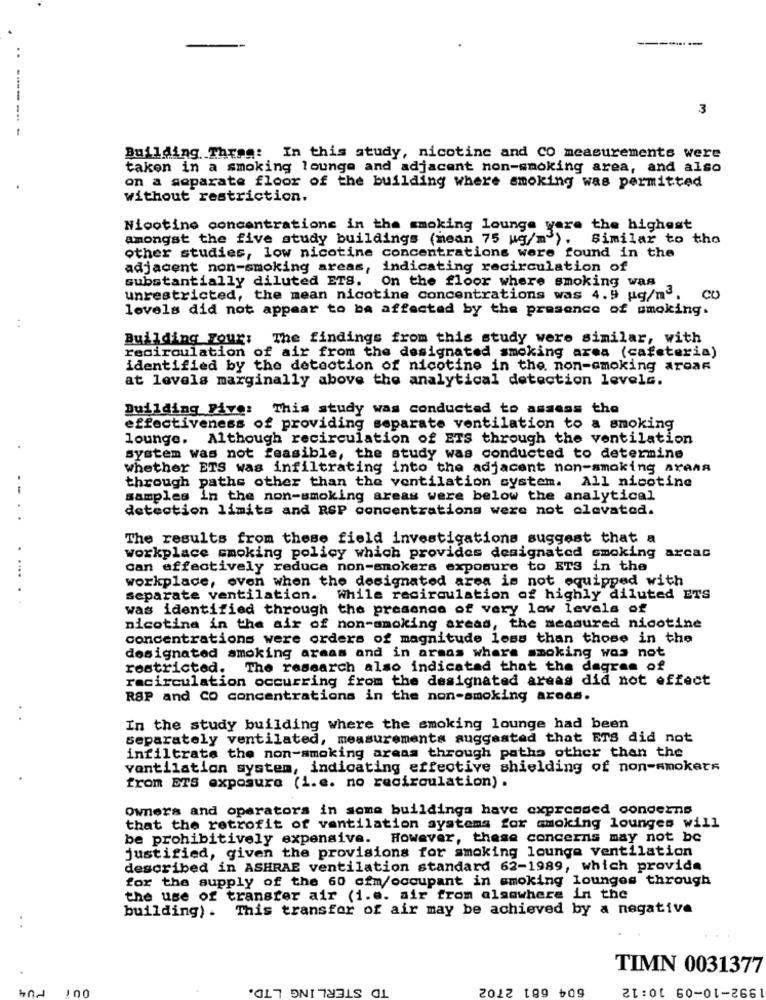
-------
3
Building. Theag: In this study, nicotine and CO measurements were
taken in a smoking lounge and adjacent non-smoking area, and also
on a separate floor of the building where smoking was permitted
without restriction.
Nicotine concentrations in the moking lounge yere the highest
amongst the five study buildings (mean 75 wg/m"). Similar to the
other studies, low nicotine concentrations were found in the
adjacent non-smoking areas, indicating recirculation of
substantially diluted ETS. On the floor where smoking was
unrestricted, the mean nicotine concentrations was 4.9 ug/m".
CO
levels did not appear to be affected by the presence of smoking.
..
Building Your: The findings from this study were similar, with
recirculation of air from the designated smoking area (cafeteria)
identified by the detection of nicotine in the non-smoking areas
at levels marginally above the analytical detection levels.
Building Five: This study was conducted to assess the
effectiveness of providing separate ventilation to a smoking
lounge. Although recirculation of ETS through the ventilation
system was not feasible, the study was conducted to determine
whether ETS was infiltrating into the adjacent non-smoking Arena
through paths other than the ventilation system. All nicotine
--
samples in the non-smoking areas were below the analytical
detection limits and RSP concentrations were not elevated.
. .
The results from these field investigations suggest that a
workplace smoking policy which provides designated smoking arcac
can effectively reduce non-smokers exposure to ETS in the
workplace, even when the designated area is not equipped with
separate ventilation. While recirculation of highly diluted ETS
was identified through the presence of very low levels of
nicotine in the air of non-smoking areas, the measured nicotine
concentrations were orders of magnitude less than those in the
designated smoking areas and in armas where smoking was not
restricted. The research also indicated that the dagram of
racirculation occurring from the designated areas did not effect
RSP and Co concentrations in the non-smoking areas.
In the study building where the smoking lounge had been
separately ventilated, measurements suggested that ETS did not
infiltrate the non-smoking areas through paths other than the
ventilation system, indicating effective shielding of non-smokers
from ETS exposure (i.e. no recirculation) .
Owners and operators in some buildings have expressed conderns
that the retrofit of ventilation systems for smoking lounges will
be prohibitively expensive. However, these concerns may not be
justified, given the provisions for smoking lounge ventilation
described in ASHRAE ventilation standard 62-1989, which provide
for the supply of the 60 cfm/occupant in smoking lounges through
the use of transfer air (i.e. air from alamwhere in the
building). This transfor of air may be achieved by a negative
TIMN 0031377
PU4
STERLING LTD.
4 681 2702
100